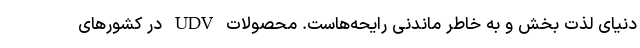
دنیای لذت بخش و به خاطر ماندنی رایحه‌هاست. محصولات UDV در کشورهای